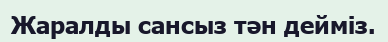
Жаралды сансыз тән дейміз.